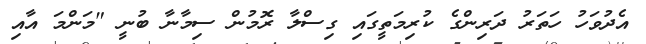
އެދުވަހު ހަތަރު ދަރިންގެ ކުރިމަތީގައި ގިސްލާ ރޮމުން ސިމާނާ ބުނީ "މަންމަ އާއި